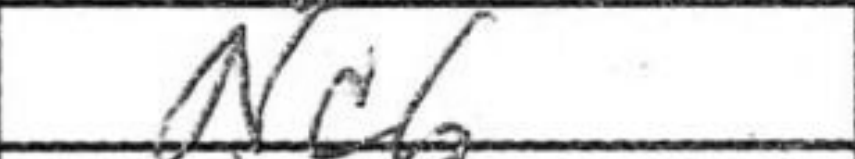
Transcription: Nc6